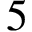
5